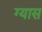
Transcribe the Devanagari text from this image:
ग्यास